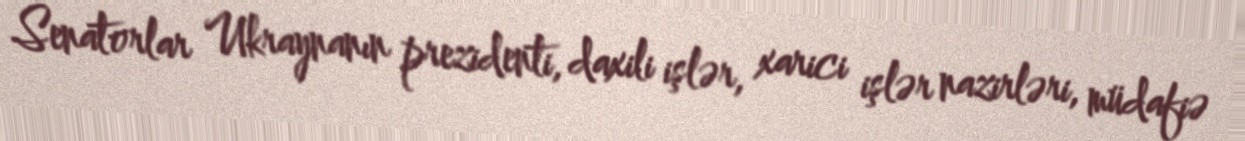
Senatorlar Ukraynanın prezidenti, daxili işlər, xarici işlər nazirləri, müdafiə